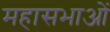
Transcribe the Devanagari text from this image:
महासभाओं